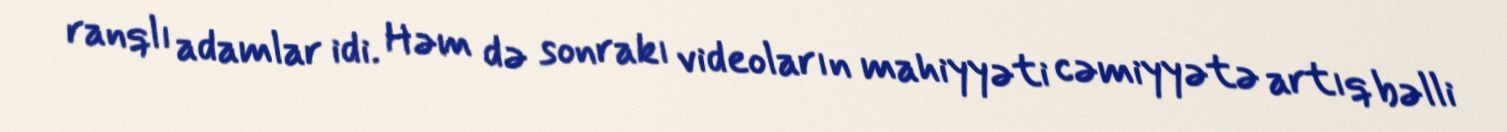
ranqlı adamlar idi. Həm də sonrakı videoların mahiyyəti cəmiyyətə artıq bəlli